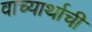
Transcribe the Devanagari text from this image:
वाच्यार्थाची